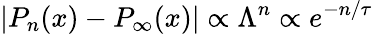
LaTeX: |P_{n}(x)-P_{\infty}(x)|\propto\Lambda^{n}\propto e^{-n/\tau}